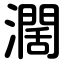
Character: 濶